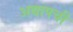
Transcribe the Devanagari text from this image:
अद्यापची